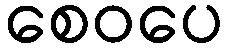
စေဝပေ